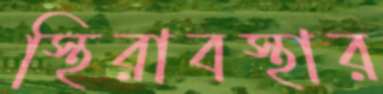
স্থিরাবস্থার